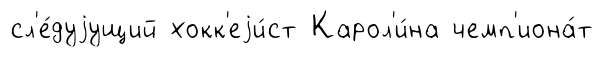
сл'е́дуjущий хокк'еjи́ст Карол'и́на чемп'иона́т